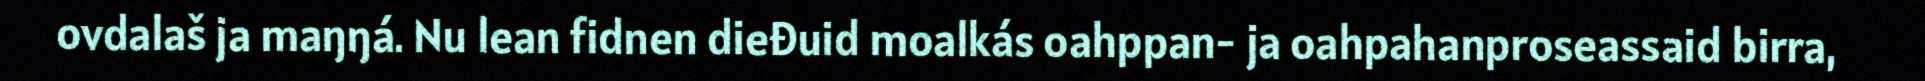
ovdalaš ja maŋŋá. Nu lean fidnen dieđuid moalkás oahppan- ja oahpahanproseassaid birra,